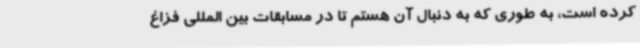
کرده است، به طوری که به دنبال آن هستم تا در مسابقات بین المللی فزاغ